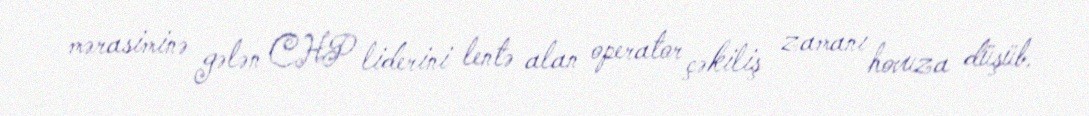
mərasiminə gələn CHP liderini lentə alan operator çəkiliş zamanı hovuza düşüb.